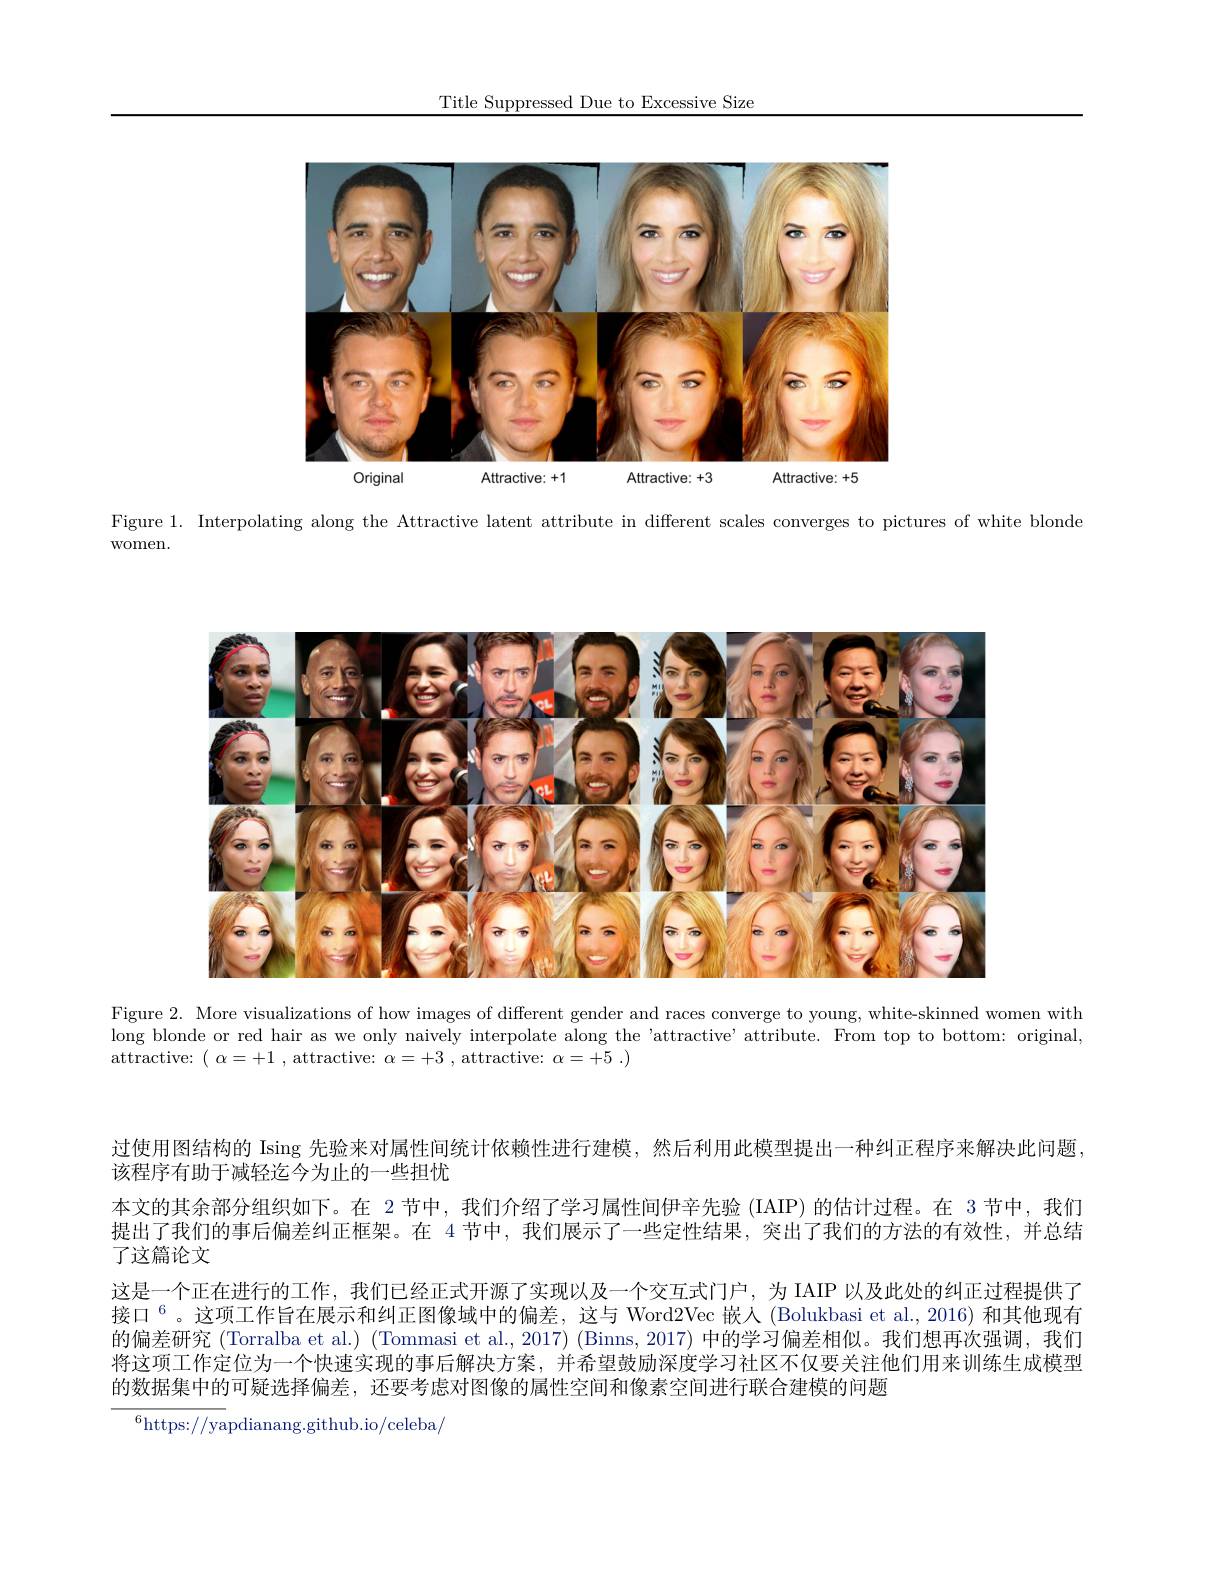
Title Suppressed Due to Excessive Size

<FigureHere>

Figure 1. Interpolating along the Attractive latent attribute in different scales converges to pictures of white blonde

women.

<FigureHere>

Figure 2. More visualizations of how images of different gender and races converge to young, white-skinned women with long blonde or red hair as we only naively interpolate along the 'attractive' attribute. From top to bottom: original, attractive: ( $\alpha = + 1$ , attractive: $\alpha = + 3$ , attractive: $\alpha = + 5$ .)

过使用图结构的 Ising 先验来对属性间统计依赖性进行建模，然后利用此模型提出一种纠正程序来解决此问题
该程序有助于减轻迄今为止的一些担忧
本文的其余部分组织如下。在 2 节中，我们介绍了学习属性间伊辛先验 (IAIP) 的估计过程。在 3 节中，我们提出了我们的事后偏差纠正框架。在 4 节中，我们展示了一些定性结果，突出了我们的方法的有效性，并总结了这篇论文
这是一个正在进行的工作，我们已经正式开源了实现以及一个交互式门户，为 IAIP 以及此处的纠正过程提供了接口$^{6}$。这项工作旨在展示和纠正图像域中的偏差，这与 Word2Vec 嵌人 (Bolukbasi et al., 2016) 和其他现有的偏差研究 (Torralba et al.) (Tommasi et al., 2017) (Binns, 2017) 中的学习偏差相似。我们想再次强调，我们将这项工作定位为一个快速实现的事后解决方案，并希望鼓励深度学习社区不仅要关注他们用来训练生成模型的数据集中的可疑选择偏差，还要考虑对图像的属性空间和像素空间进行联合建模的问题
$^{6}$https://yapdianang.github.io/celeba/